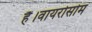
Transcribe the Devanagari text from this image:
हैं।वायरोसोम